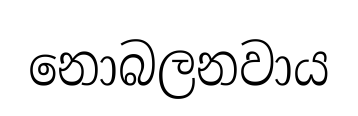
නොබලනවාය